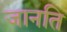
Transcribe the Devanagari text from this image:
जानति